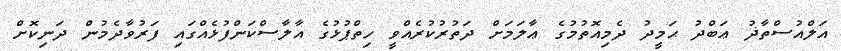
އަލްއުސްތާޛު ޢަބްދު ޙަމީދު ދެމިއޮތުމުގެ ޢާލަމަށް ދަތުރުކުރެއްވީ ހިތްޕުޅުގެ އާލާސްކަންފުޅެއްގައި ފަރުވާދެމުން ދަނިކޮށް